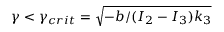
\gamma < \gamma _ { c r i t } = \sqrt { - b / ( I _ { 2 } - I _ { 3 } ) k _ { 3 } }